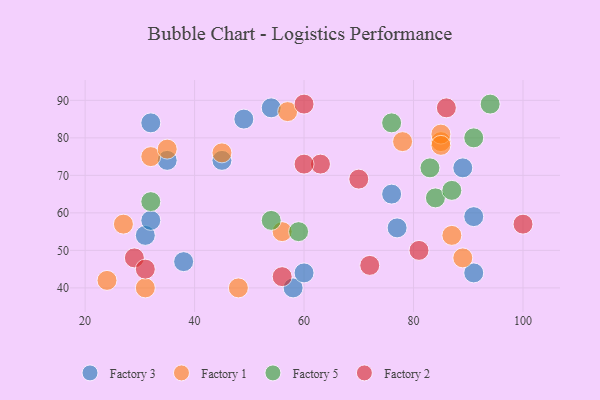
{"axis": {"x": "GDP", "y": "Life Expectancy"}, "legend": ["Factory 1", "Factory 2", "Factory 3", "Factory 5"], "data": [{"x": "58", "y": 40, "type": "Factory 3"}, {"x": "91", "y": 59, "type": "Factory 3"}, {"x": "31", "y": 54, "type": "Factory 3"}, {"x": "49", "y": 85, "type": "Factory 3"}, {"x": "38", "y": 47, "type": "Factory 3"}, {"x": "89", "y": 72, "type": "Factory 3"}, {"x": "54", "y": 88, "type": "Factory 3"}, {"x": "45", "y": 74, "type": "Factory 3"}, {"x": "32", "y": 58, "type": "Factory 3"}, {"x": "35", "y": 74, "type": "Factory 3"}, {"x": "91", "y": 44, "type": "Factory 3"}, {"x": "77", "y": 56, "type": "Factory 3"}, {"x": "76", "y": 65, "type": "Factory 3"}, {"x": "60", "y": 44, "type": "Factory 3"}, {"x": "32", "y": 84, "type": "Factory 3"}, {"x": "48", "y": 40, "type": "Factory 1"}, {"x": "89", "y": 48, "type": "Factory 1"}, {"x": "85", "y": 79, "type": "Factory 1"}, {"x": "27", "y": 57, "type": "Factory 1"}, {"x": "56", "y": 55, "type": "Factory 1"}, {"x": "87", "y": 54, "type": "Factory 1"}, {"x": "78", "y": 79, "type": "Factory 1"}, {"x": "31", "y": 40, "type": "Factory 1"}, {"x": "32", "y": 75, "type": "Factory 1"}, {"x": "57", "y": 87, "type": "Factory 1"}, {"x": "35", "y": 77, "type": "Factory 1"}, {"x": "45", "y": 76, "type": "Factory 1"}, {"x": "24", "y": 42, "type": "Factory 1"}, {"x": "85", "y": 81, "type": "Factory 1"}, {"x": "85", "y": 78, "type": "Factory 1"}, {"x": "32", "y": 63, "type": "Factory 5"}, {"x": "94", "y": 89, "type": "Factory 5"}, {"x": "83", "y": 72, "type": "Factory 5"}, {"x": "84", "y": 64, "type": "Factory 5"}, {"x": "91", "y": 80, "type": "Factory 5"}, {"x": "76", "y": 84, "type": "Factory 5"}, {"x": "87", "y": 66, "type": "Factory 5"}, {"x": "59", "y": 55, "type": "Factory 5"}, {"x": "54", "y": 58, "type": "Factory 5"}, {"x": "63", "y": 73, "type": "Factory 2"}, {"x": "100", "y": 57, "type": "Factory 2"}, {"x": "72", "y": 46, "type": "Factory 2"}, {"x": "60", "y": 89, "type": "Factory 2"}, {"x": "29", "y": 48, "type": "Factory 2"}, {"x": "81", "y": 50, "type": "Factory 2"}, {"x": "56", "y": 43, "type": "Factory 2"}, {"x": "60", "y": 73, "type": "Factory 2"}, {"x": "86", "y": 88, "type": "Factory 2"}, {"x": "31", "y": 45, "type": "Factory 2"}, {"x": "70", "y": 69, "type": "Factory 2"}]}